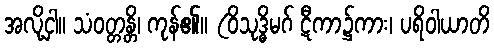
အလို့ငှါ။ သံဝတ္တန္တိ၊ ကုန်၏။ (ဝိသုဒ္ဓိမဂ် ဋီကာ၌ကား၊ ပရိဝါယာတိ